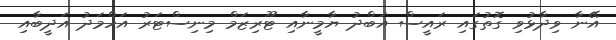
އޭނާ ވިދާޅުވި ގޮތުގައި ރައީސް އަބްދު ޔާމީނާއި ޓޫރިޒަމް މިނިސްޓަރު އަހްމަދު އަދީބާއި